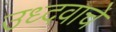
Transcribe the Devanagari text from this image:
उध्दवाचे